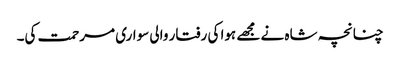
چنانچہ شاہ نے مجھے ہوا کی رفتار والی سواری مرحمت کی۔